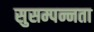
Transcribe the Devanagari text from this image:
सुसम्पन्नता